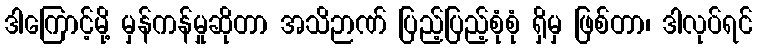
ဒါကြောင့်မို့ မှန်ကန်မှုဆိုတာ အသိဉာဏ် ပြည့်ပြည့်စုံစုံ ရှိမှ ဖြစ်တာ၊ ဒါလုပ်ရင်